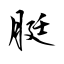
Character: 脡